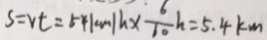
s = v t = 5 4 k m / h \times \frac { 6 } { 1 0 } h = 5 . 4 k m